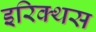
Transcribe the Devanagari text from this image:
इरिक्थस